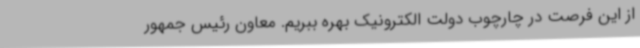
از این فرصت در چارچوب دولت الکترونیک بهره ببریم. معاون رئیس جمهور